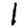
Digit: 1